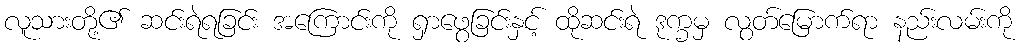
လူသားတို့၏ ဆင်းရဲရခြင်း အကြောင်းကို ရှာဖွေခြင်းနှင့် ထိုဆင်းရဲ ဒုက္ခမှ လွတ်မြောက်ရာ နည်းလမ်းကို